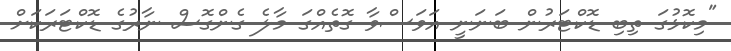
"މިކޮޅުގަ ތިބި ޑޮކްޓަރުން ބަނަނީ އަވަސްވާ ގޮތެއްގަ މާލެ ގެންގޮސް ނާރުގެ ޑޮކްޓަރަކަށް